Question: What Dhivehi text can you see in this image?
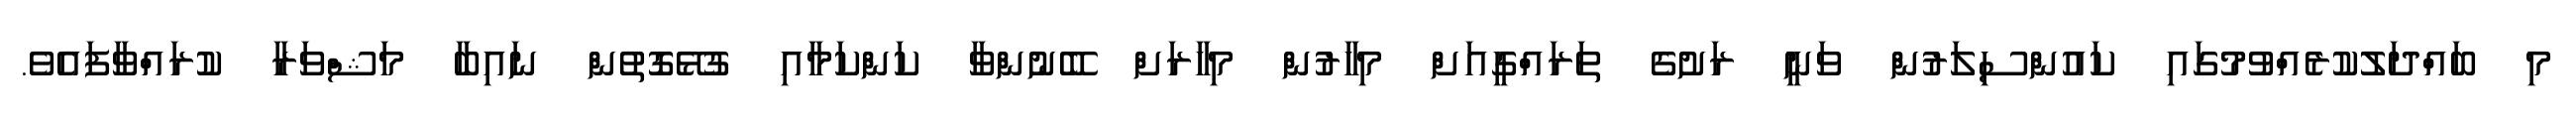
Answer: މި ބައްދަލުކުރެއްވުމުގައި ކައުންސިލަރުން ވަނީ ރަށުގެ ތަރައްގީއަށް މިހާރުން މިހާރަށް ބޭނުންވާ ކަންކަމާއި ގުޅޭގޮތުން ނައިބާ މަޝްވަރާ ކުރައްވާފައެވެ.